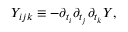
{ \cal Y } _ { i j k } \equiv - \partial _ { t _ { i } } \partial _ { t _ { j } } \partial _ { t _ { k } } { \cal Y } ,